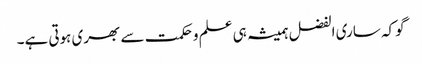
گوکہ ساری الفضل ہمیشہ ہی علم وحکمت سے بھری ہوتی ہے۔